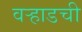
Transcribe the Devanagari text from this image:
वऱ्हाडची